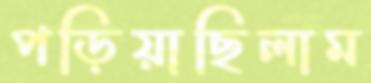
পড়িয়াছিলাম